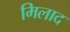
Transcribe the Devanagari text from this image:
मिलाद